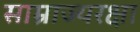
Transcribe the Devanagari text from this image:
साम्राज्यरक्षा